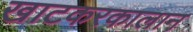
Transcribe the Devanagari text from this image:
खाटकरकालान